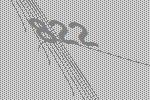
822